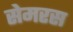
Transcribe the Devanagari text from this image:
सेमरस